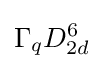
\Gamma _{q}D_{2d}^{6}